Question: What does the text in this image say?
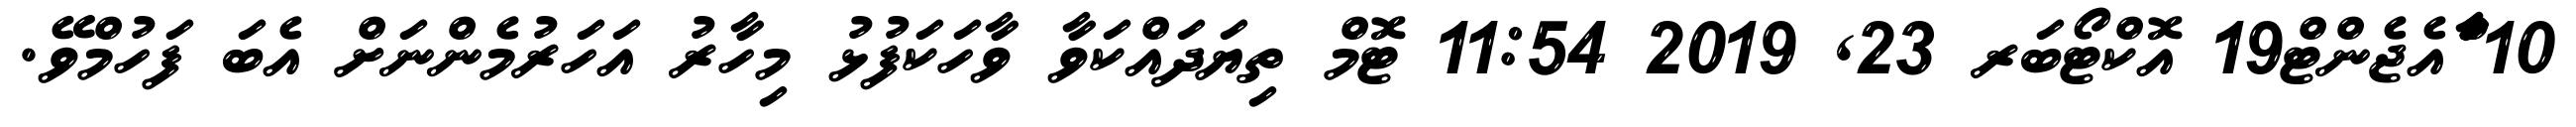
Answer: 10 ާަަަްްައެޖެންޓް19 އޮކްޓޯބަރ 23, 2019 11:54 ޓޮމް ތިޔަދައްކަވާ ވާހަކަފުޅު މިހާރު އަހަރުމެންނަށް އެބަ ފަހުމްވޭ.